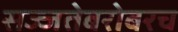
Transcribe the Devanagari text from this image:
सज्जतेबरोबरच